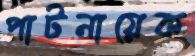
পাটনায়েক